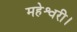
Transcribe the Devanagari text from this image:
महेश्वरी।